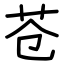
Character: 苍